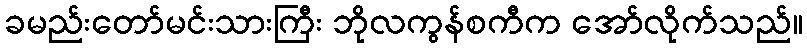
ခမည်းတော်မင်းသားကြီး ဘိုလကွန်စကီက အော်လိုက်သည်။